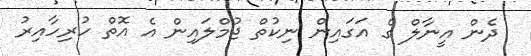
ދެން އީނާލް ގެ އަގައިން ނިކުތް ޖުމްލައިން އެ އޮތް ހުރިހާއިރު